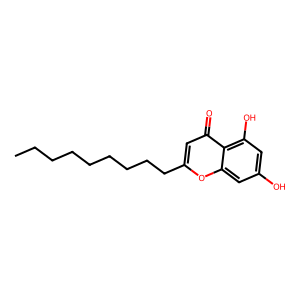
SMILES: CCCCCCCCCc1cc(=O)c2c(O)cc(O)cc2o1
Inhibits HIV replication: No